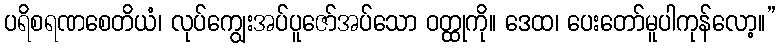
ပရိစရဏစေတိယံ၊ လုပ်ကျွေးအပ်ပူဇော်အပ်သော ဝတ္ထုကို။ ဒေထ၊ ပေးတော်မူပါကုန်လော့။”